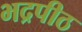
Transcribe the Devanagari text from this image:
भद्रपीठ